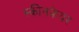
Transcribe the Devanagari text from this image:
स्कीनकेयर